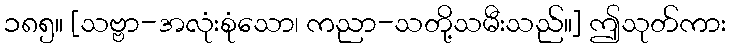
၁၈၅။ [သဗ္ဗာ-အလုံးစုံသော၊ ကညာ-သတို့သမီးသည်။] ဤသုတ်ကား